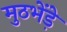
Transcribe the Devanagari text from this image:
मुठभेंड़े